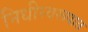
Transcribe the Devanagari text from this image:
निधीस्वरूपात